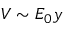
V \sim E _ { 0 } y